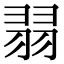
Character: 𦐱